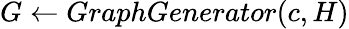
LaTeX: G\gets GraphGenerator(c,H)